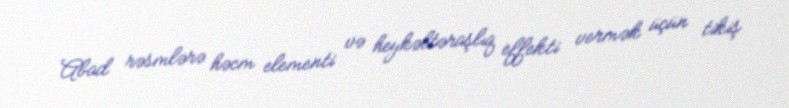
Abad rəsmlərə həcm elementi və heykəltəraşlıq effekti vermək üçün tikiş